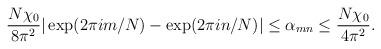
LaTeX: \begin{align*}\frac{N \chi_0}{8 \pi^2} |\exp(2 \pi i m/N) - \exp(2 \pi i n/N)| \leq \alpha_{mn} \leq \frac{N \chi_0}{4 \pi^2}.\end{align*}